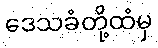
ဒေသခံတို့ထံမှ